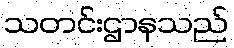
သတင်းဌာနသည်